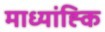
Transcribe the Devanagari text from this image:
माध्यांह्कि